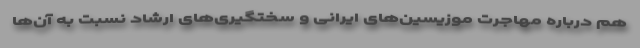
هم درباره مهاجرت موزیسین‌های ایرانی و سختگیری‌های ارشاد نسبت به آن‌ها